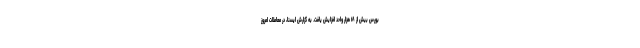
بورس بیش از ۱۸ هزار واحد افزایش یافت. به گزارش ایسنا، در معاملات امروز